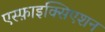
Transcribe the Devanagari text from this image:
एस्फ़ाइक्सिएशन